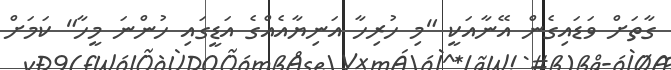
ގާތަށް ވަޑައިގެން އޭނާއަކީ "މި ހުރިހާ އަނިޔާއެއްގެ އަޑީގައި ހުންނަ މީހާ" ކަމަށް